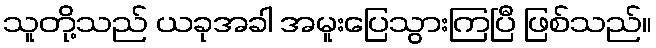
သူတို့သည် ယခုအခါ အမူးပြေသွားကြပြီ ဖြစ်သည်။